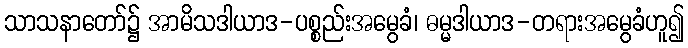
သာသနာတော်၌ အာမိသဒါယာဒ-ပစ္စည်းအမွေခံ၊ ဓမ္မဒါယာဒ-တရားအမွေခံဟူ၍